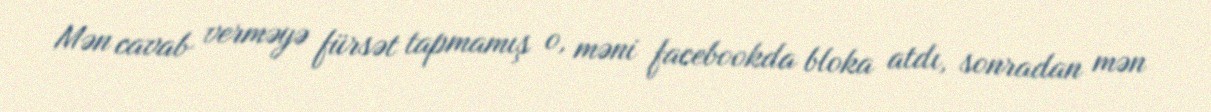
Mən cavab verməyə fürsət tapmamış o, məni facebookda bloka atdı, sonradan mən